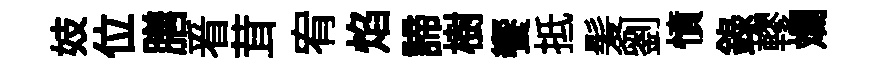
妓位膳㸔茸宥焰諦樹饗抵髪劉憤錄轇斕